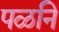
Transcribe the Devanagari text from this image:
पळनि